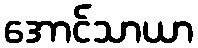
အောင်သာယာ